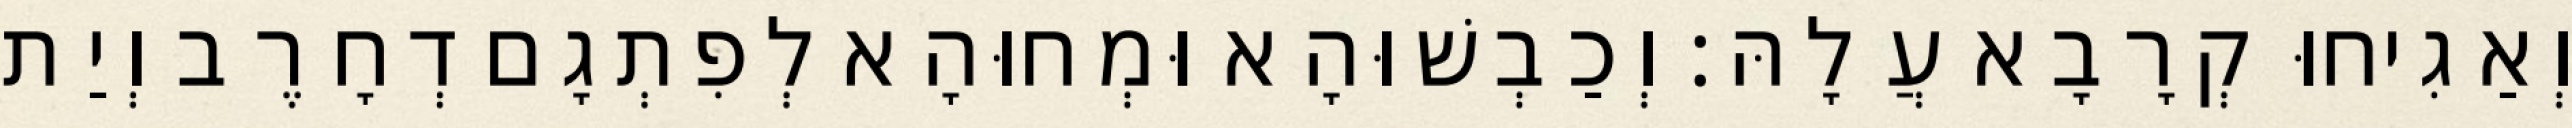
וְאַגִיחוּ קְרָבָא עֲלָהּ׃ וְכַבְשׁוּהָא וּמְחוּהָא לְפִתְגָם דְחָרֶב וְיַת